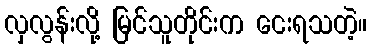
လှလွန်းလို့ မြင်သူတိုင်းက ငေးရသတဲ့။